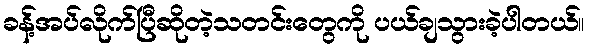
ခန့်အပ်လိုက်ပြီဆိုတဲ့သတင်းတွေကို ပယ်ချသွားခဲ့ပါတယ်။